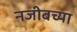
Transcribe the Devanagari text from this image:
नजीबच्या